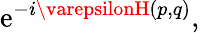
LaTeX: \mathrm{e}^{-i\varepsilonH(p,q)},